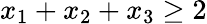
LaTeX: x_{1}+x_{2}+x_{3}\geq 2